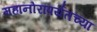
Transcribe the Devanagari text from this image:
महानोरांपर्यंतच्या